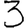
Digit: 3